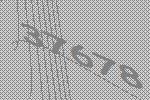
37678